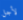
لأجل